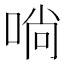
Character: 𠶤